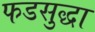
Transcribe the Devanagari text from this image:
फडसुद्धा